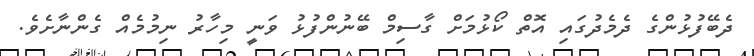
ދެބޭފުޅުންގެ ދެމެދުގައި އޮތް ކޯޅުމަށް ގާސިމް ބޭނުންފުޅު ވަނީ މިހާރު ނިމުމެއް ގެންނާށެވެ.